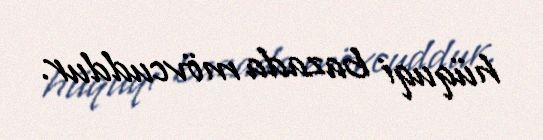
hüquqi bazada mövcuddur.